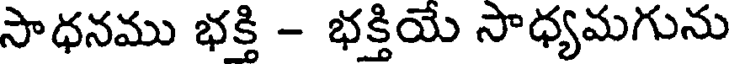
సాధనము భక్తి - భక్తియే సాధ్యమగును